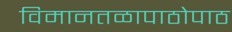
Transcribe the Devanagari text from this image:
विमानतळापाठोपाठ